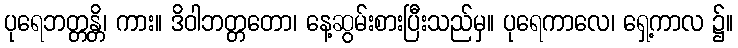
ပုရေဘတ္တန္တိ၊ ကား။ ဒိဝါဘတ္တတော၊ နေ့ဆွမ်းစားပြီးသည်မှ။ ပုရေကာလေ၊ ရှေ့ကာလ ၌။